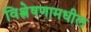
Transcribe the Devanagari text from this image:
विश्लेषणामधील